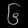
Digit: ၆